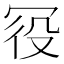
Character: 𠖊